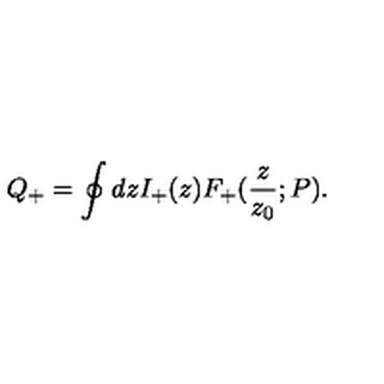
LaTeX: Q _ { + } = \oint d z I _ { + } ( z ) F _ { + } ( { \frac { z } { z _ { 0 } } } ; P ) .